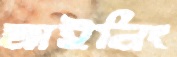
মাইনিং